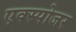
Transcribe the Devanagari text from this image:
एक्‍स्पोजर